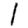
Digit: 1